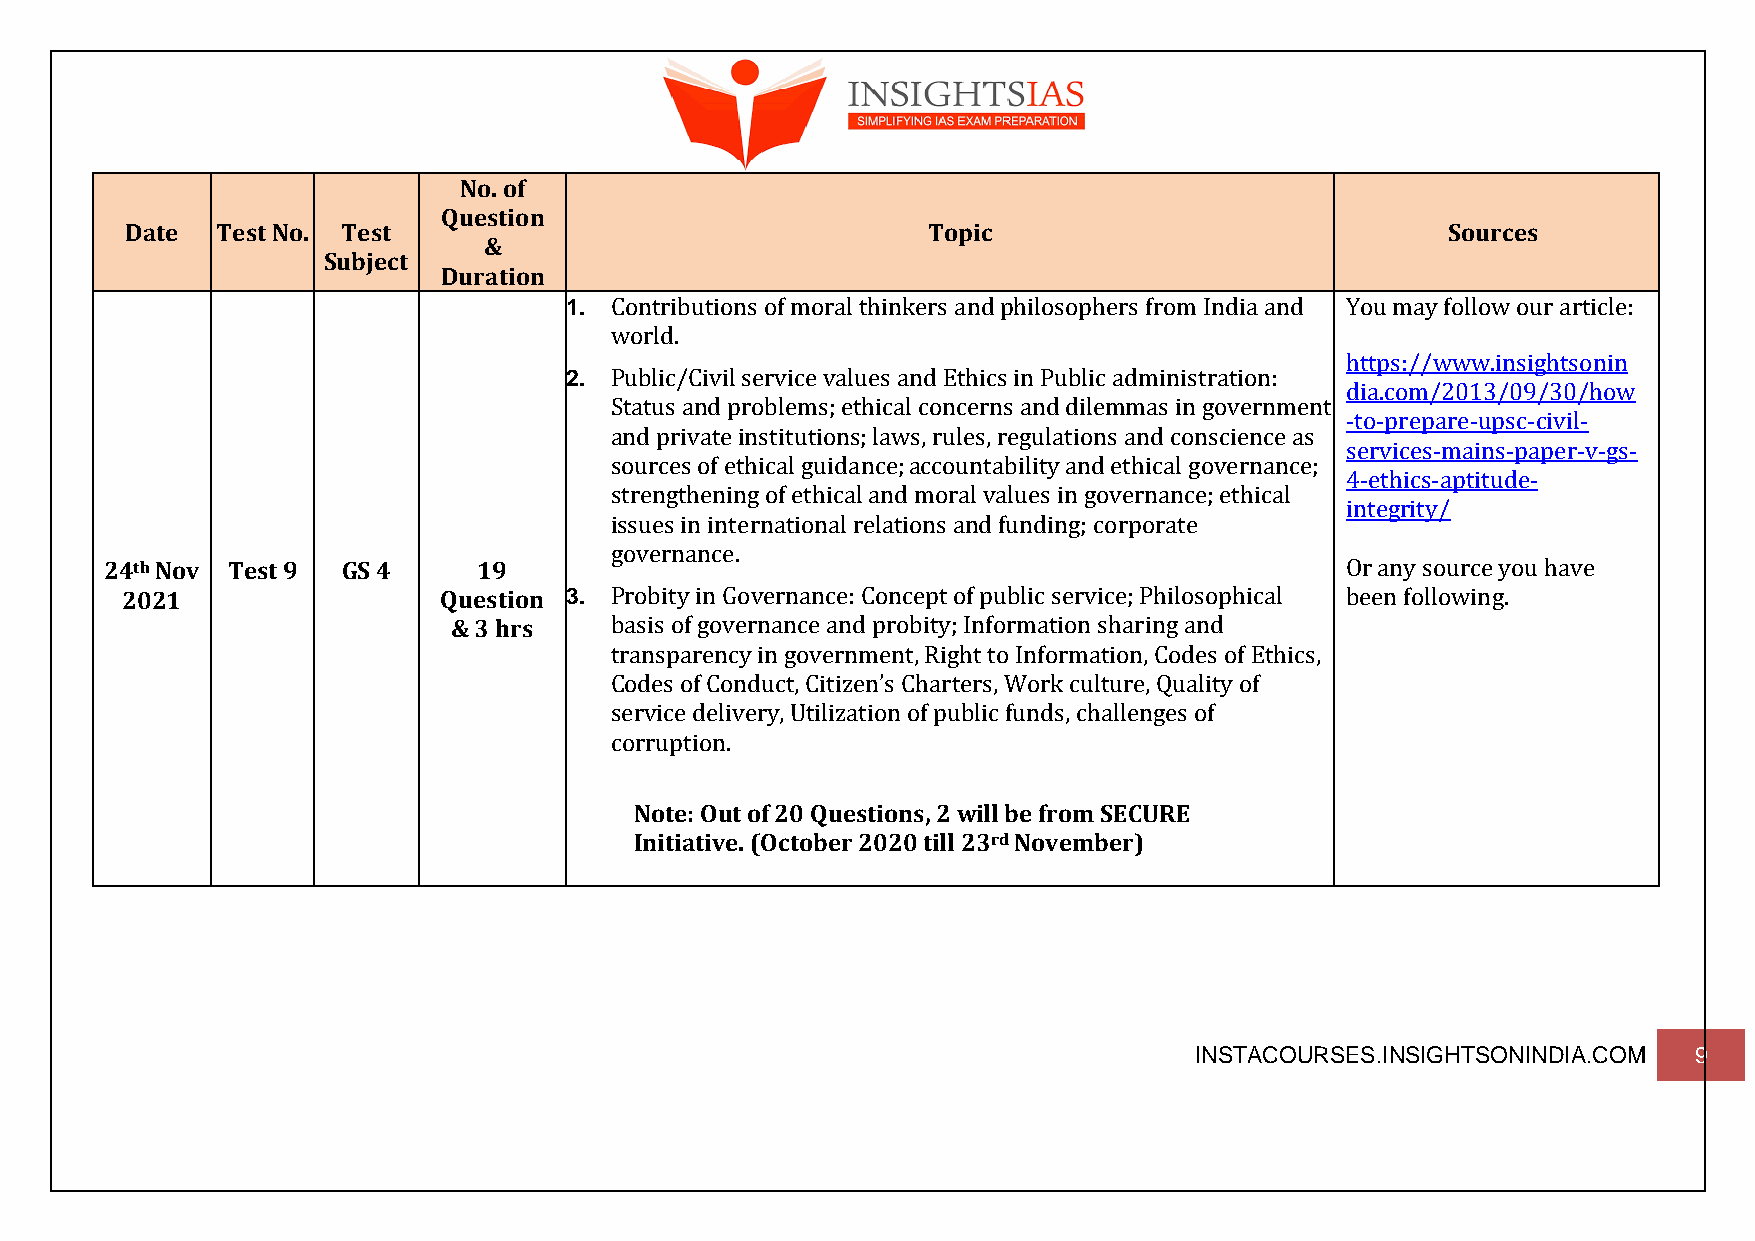
No. of
 Question
 Date  Test No. Test                                  Topic                              Sources
 &
 Subject
 Duration
 1. Contributions of moral thinkers and philosophers from India and You may follow our article:
 world.
 https://www.insightsonin
 2. Public/Civil service values and Ethics in Public administration:
 dia.com/2013/09/30/how
 Status and problems; ethical concerns and dilemmas in government
 -to-prepare-upsc-civil-
 and private institutions; laws, rules, regulations and conscience as
 services-mains-paper-v-gs-
 sources of ethical guidance; accountability and ethical governance;
 4-ethics-aptitude-
 strengthening of ethical and moral values in governance; ethical
 integrity/
 issues in international relations and funding; corporate
 governance.
 24th Nov Test 9 GS 4     19                                                       Or any source you have
 2021                 Question 3. Probity in Governance: Concept of public service; Philosophical been following.
 & 3 hrs   basis of governance and probity; Information sharing and
 transparency in government, Right to Information, Codes of Ethics,
 Codes of Conduct, Citizen’s Charters, Work culture, Quality of
 service delivery, Utilization of public funds, challenges of
 corruption.
 Note: Out of 20 Questions, 2 will be from SECURE
 Initiative. (October 2020 till 23rd November)
 INSTACOURSES.INSIGHTSONINDIA.COM 9